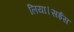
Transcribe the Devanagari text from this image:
लिया।सईस